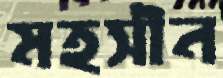
মহসীন